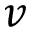
v